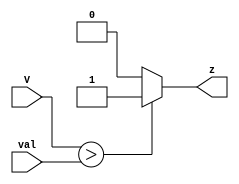
module comparator #(parameter N=4)
					(input [N-1:0] V,
					input [N-1:0] val,
					output reg z);
									
	always @(*) begin
		if(V > val)
			z = 1'b1;
		else
			z = 1'b0;
	end
	
endmodule